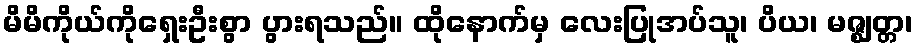
မိမိကိုယ်ကိုရှေးဦးစွာ ပွားရသည်။ ထိုနောက်မှ လေးပြုအပ်သူ၊ ပိယ၊ မဇ္ဈတ္တ၊